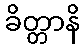
ခိတ္တာနိ